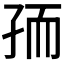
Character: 𰌧